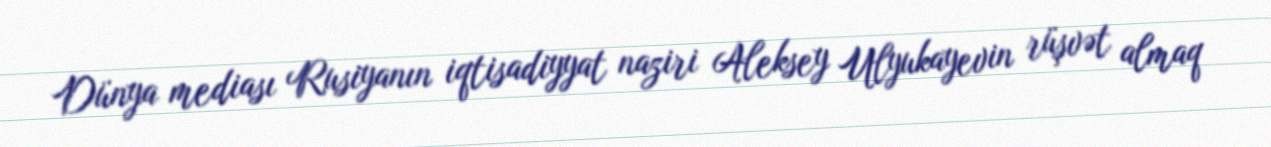
Dünya mediası Rusiyanın iqtisadiyyat naziri Aleksey Ulyukayevin rüşvət almaq